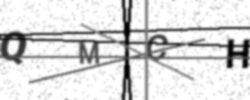
Text: QMCH